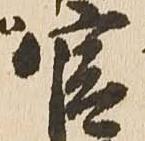
官